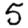
Digit: 5